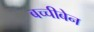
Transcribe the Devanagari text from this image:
बच्चीबेन